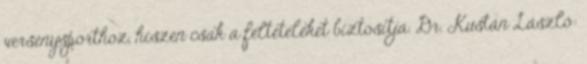
versenysporthoz, hiszen csak a feltételeket biztosítja. Dr. Kustán László: